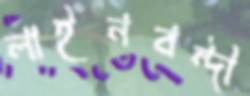
লাইনবন্দী